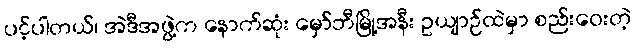
ပင့်ပါတယ်၊ အဲဒီအဖွဲ့က နောက်ဆုံး မှော်ဘီမြို့အနီး ဥယျာဉ်ထဲမှာ စည်းဝေးတဲ့